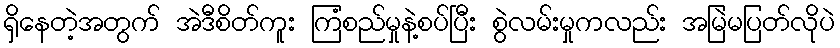
ရှိနေတဲ့အတွက် အဲဒီစိတ်ကူး ကြံစည်မှုနဲ့စပ်ပြီး စွဲလမ်းမှုကလည်း အမြဲမပြတ်လိုပဲ